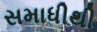
સમાધીથી